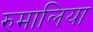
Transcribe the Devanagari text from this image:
रुमालिया